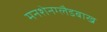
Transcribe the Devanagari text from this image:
मनशेनग्लैडबाख